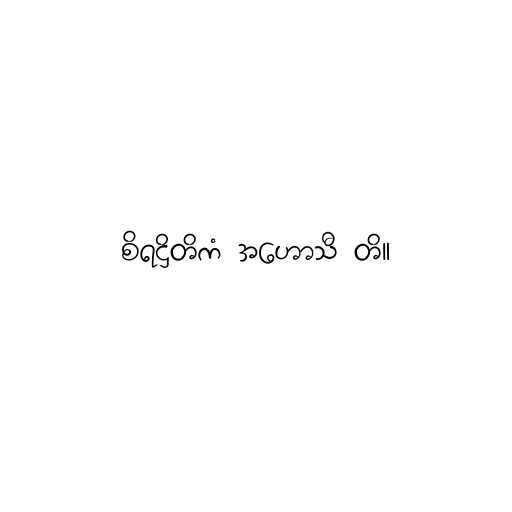
စိရဋ္ဌိတိကံ အဟောသီ တိ။